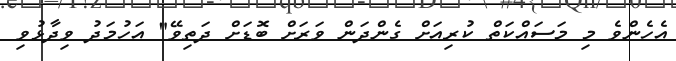
އެހެންވެ މި މަސައްކަތް ކުރިއަށް ގެންދަން ވަރަށް ބޮޑަށް ދަތިވޭ" އަހުމަދު ވިދާޅުވި